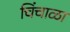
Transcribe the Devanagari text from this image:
चिंचाळा